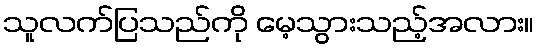
သူလက်ပြသည်ကို မေ့သွားသည့်အလား။